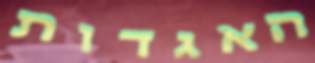
האגדות